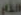
النظام